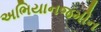
અભિયાનજમીન